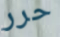
حرر